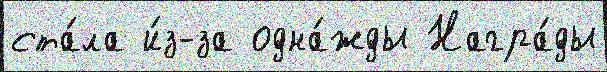
ста́ла и́з-за одна́жды Награ́ды